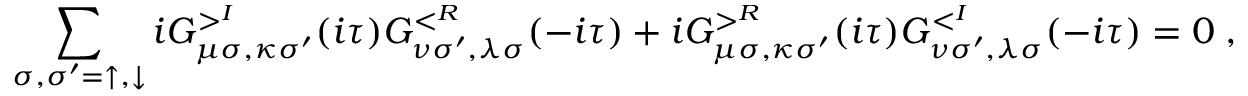
\sum _ { \sigma , \sigma ^ { \prime } = \uparrow , \downarrow } i G _ { \mu \sigma , \kappa \sigma ^ { \prime } } ^ { > ^ { I } } ( i \tau ) G _ { \nu \sigma ^ { \prime } , \lambda \sigma } ^ { < ^ { R } } ( - i \tau ) + i G _ { \mu \sigma , \kappa \sigma ^ { \prime } } ^ { > ^ { R } } ( i \tau ) G _ { \nu \sigma ^ { \prime } , \lambda \sigma } ^ { < ^ { I } } ( - i \tau ) = 0 \; ,